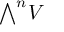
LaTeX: { \textstyle \bigwedge } ^ { n } V